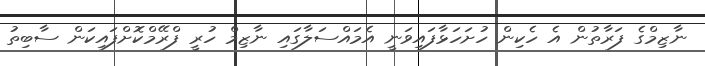
ނާޒިމްގެ ފަރާތުން އެ ހެކިން ހުށަހަޅާފައިވަނީ އެމައްސަލާގައި ނާޒިމް ހުރީ ފްރޭމްކޮށްފައިކަން ސާބިތު